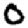
Digit: 0